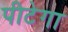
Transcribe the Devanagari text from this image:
पीटेगा